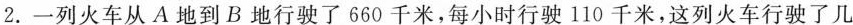
2.一列火车从A地到B地行驶了660千米，每小时行驶110千米，这列火车行驶了几